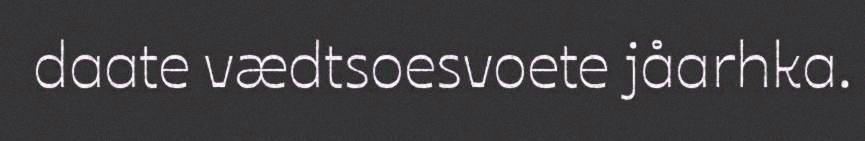
daate vædtsoesvoete jåarhka.